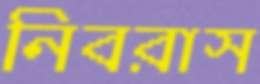
নিবরাস